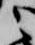
之